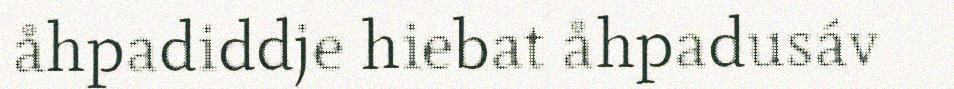
åhpadiddje hiebat åhpadusáv